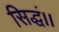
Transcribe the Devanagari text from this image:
सिद्धं।।